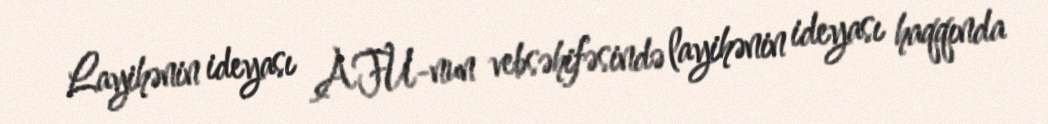
Layihənin ideyası AFU-nun vebsəhifəsində layihənin ideyası haqqında